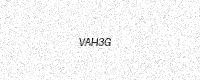
Text: VAH3G